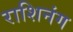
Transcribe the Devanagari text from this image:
राशिनंग